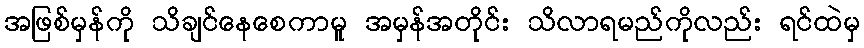
အဖြစ်မှန်ကို သိချင်နေစေကာမူ အမှန်အတိုင်း သိလာရမည်ကိုလည်း ရင်ထဲမှ